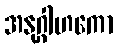
အနုဂ္ဂါဟကော